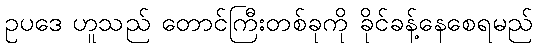
ဥပဒေ ဟူသည် တောင်ကြီးတစ်ခုကို ခိုင်ခန့်နေစေရမည်